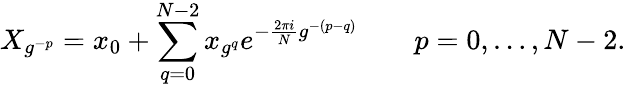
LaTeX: X_{g^{-p}}=x_{0}+\sum_{q=0}^{N-2}x_{g^{q}}e^{-{\frac{2\pi i}{N}}g^{-(p-q)}}\qquad p=0,\dots,N-2.